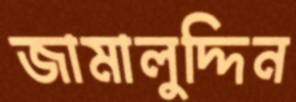
জামালুদ্দিন